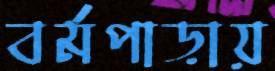
বর্মপাড়ায়